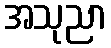
အသုညာ